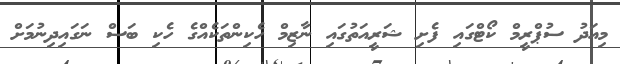
މިއަދު ސުޕްރީމް ކޯޓްގައި ފެށި ޝަރީއަތުގައި ނާޒިމް ހެކިންތަކެއްގެ ހެކި ބަސް ނަގައިދިނުމަށް